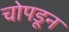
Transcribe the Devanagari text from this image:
चोपडून